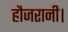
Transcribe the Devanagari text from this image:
हौजरानी।